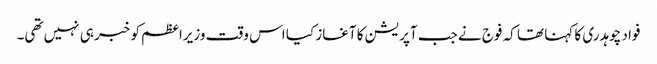
فواد چوہدری کا کہنا تھا کہ فوج نے جب آپریشن کا آغاز کیا اس وقت وزیراعظم کو خبر ہی نہیں تھی۔